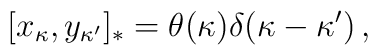
[x_\kappa,y_{\kappa'}]_*=\theta(\kappa)\delta(\kappa-\kappa')\,,